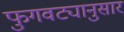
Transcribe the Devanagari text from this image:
फुगवट्यानुसार